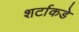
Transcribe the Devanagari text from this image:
शर्टाकडे